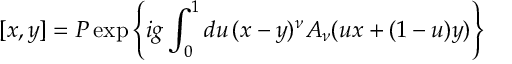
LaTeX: [ x , y ] = P \exp \left\{ i g \int _ { 0 } ^ { 1 } d u \, ( x - y ) ^ { \nu } A _ { \nu } ( u x + ( 1 - u ) y ) \right\}